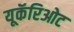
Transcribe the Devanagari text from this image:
यूकॅरिओट